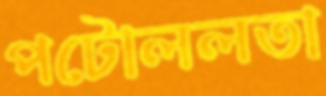
পটোললতা